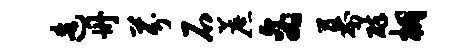
造册芬石蔗商幕碎棚